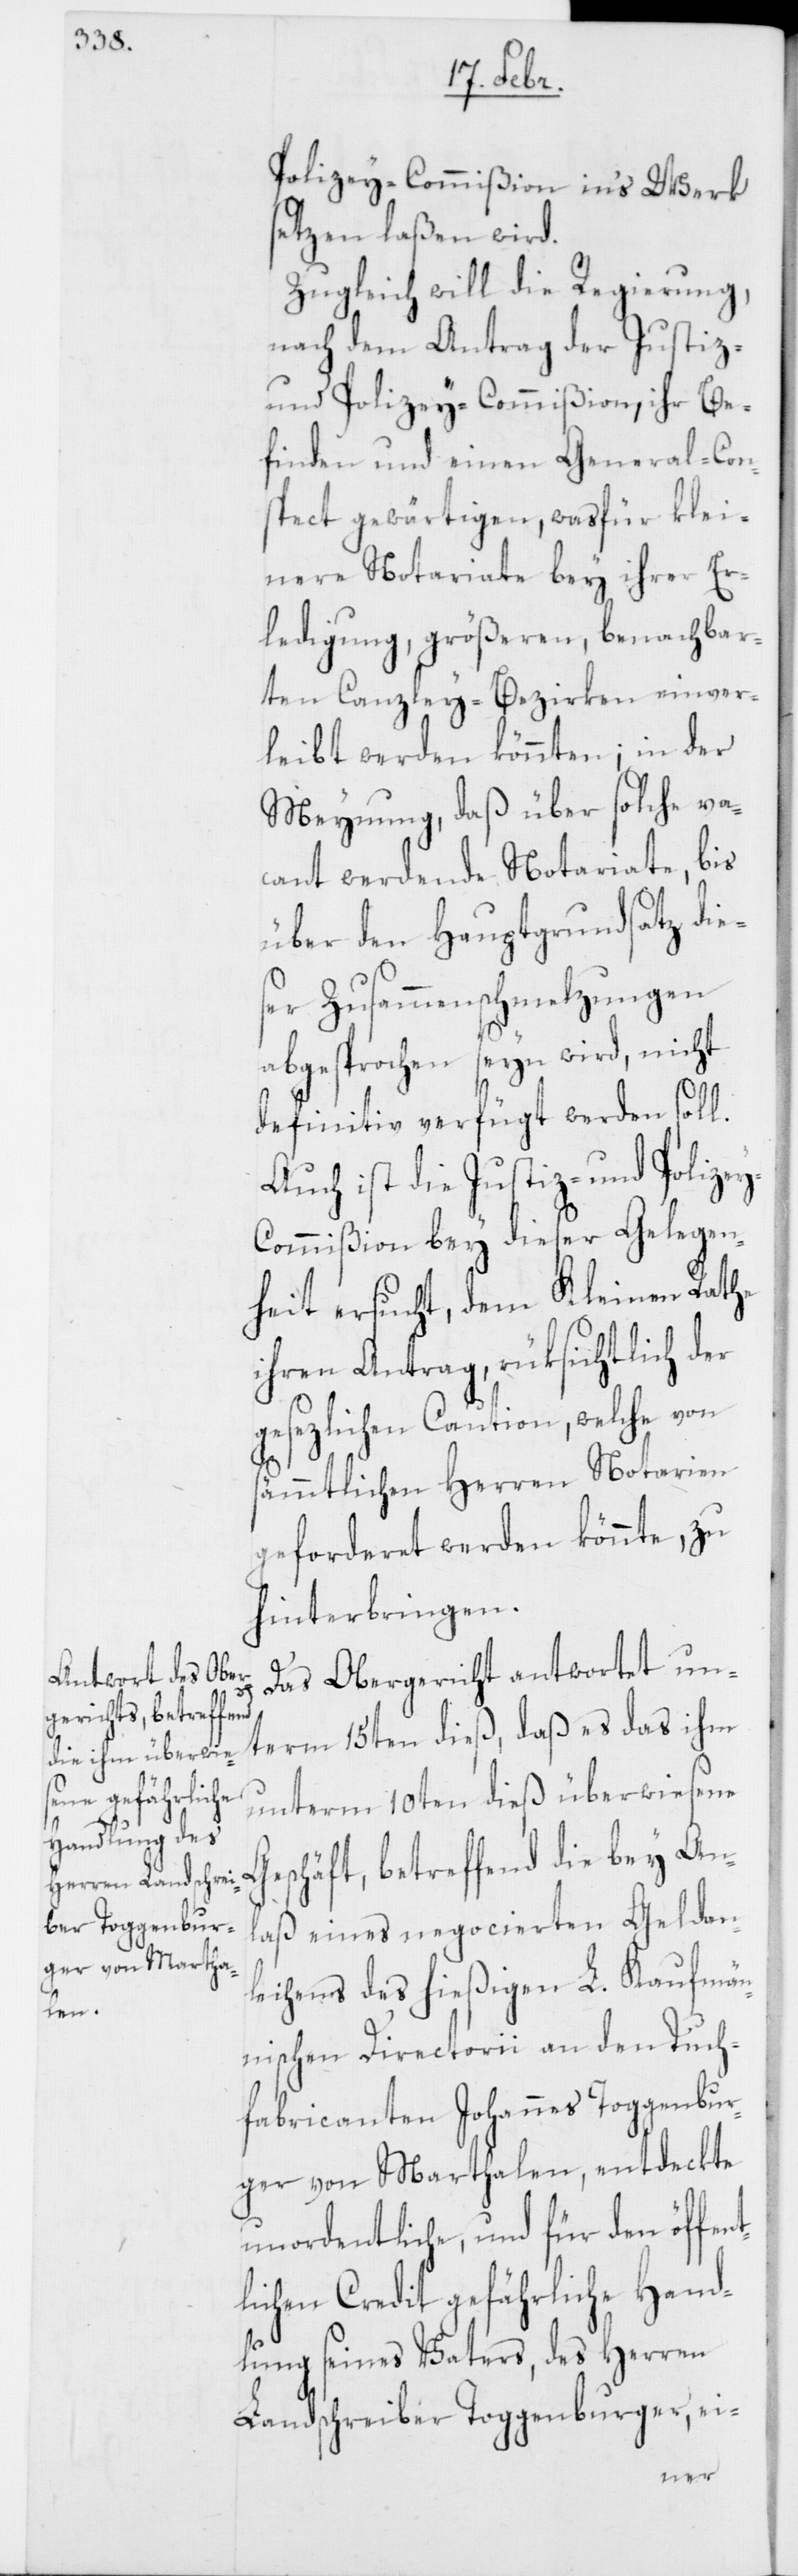
Polizey-Commißion in’s Werk
setzen laßen wird.
Zugleich will die Regierung,
nach dem Antrag der Justiz-
und Polizey-Commißion, ihr Be¬
finden und einen General-Con¬
spect gewärtigen, wasfür klei¬
nere Notariate bey ihrer Er¬
ledigung, größeren, benachbar¬
ten Canzley-Bezirken einver¬
leibt werden könnten; in der
Meynung, daß über solche va¬
cant werdende Notariate, bis
über den Hauptgrundsatz die¬
ser Zusammenschmelzungen
abgesprochen seyn wird, nicht
t¬
definitiv verfügt werden soll.
Auch ist die Justiz- und Polize¬
y-Commißion bey dieser Gelegen¬
heit ersucht, dem Kleinen Rathe
ihren Antrag, rüksichtlich der
gesetzlichen Caution, welche von
sämmtlichen Herren Notarien
geforderet werden könnte, zu
hinterbringen.
Ge¬
Das Obergericht antwortet un¬
term 15ten dieß, daß es das ihm
unterm 10ten dieß überwiesene
schäft, betreffend die bey An¬
laß eines negocierten Geldan¬
leihens des hießigen L. Kaufmän¬
nischen Directorii an den Tuch¬
fabricanten Johannes Toggenbur¬
ger von Marthalen, entdeckte
unordentliche, und für den öffen¬
lichen Credit gefährliche Hand¬
lung seines Vaters, des Herren
Landschreiber Toggenburger, ei-